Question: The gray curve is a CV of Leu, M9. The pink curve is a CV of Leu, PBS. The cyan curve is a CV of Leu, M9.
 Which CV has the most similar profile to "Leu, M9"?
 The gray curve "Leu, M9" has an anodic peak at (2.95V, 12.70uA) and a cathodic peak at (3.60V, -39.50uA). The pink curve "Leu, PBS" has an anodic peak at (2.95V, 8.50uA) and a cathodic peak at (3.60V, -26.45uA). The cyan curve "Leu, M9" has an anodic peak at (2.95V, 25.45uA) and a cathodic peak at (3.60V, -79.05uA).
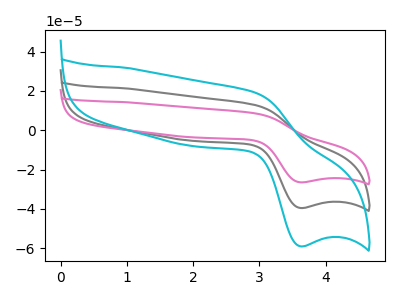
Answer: <think>All the peaks in "Leu, M9" have a peak in "Leu, PBS" at the same potential. Every peak in "Leu, M9" is higher than every peak in "Leu, PBS". All the peaks in "Leu, M9" have a peak in "Leu, M9" at the same potential. Every peak in "Leu, M9" is lower than every peak in "Leu, M9". All the peaks in "Leu, PBS" have a peak in "Leu, M9" at the same potential. Every peak in "Leu, PBS" is lower than every peak in "Leu, M9".
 </think>
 <answer>"Leu, M9" and "Leu, M9" have a similar shape to "Leu, PBS".</answer>
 <eval>"Leu, M9" "Leu, M9"</eval>